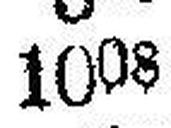
1008